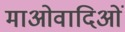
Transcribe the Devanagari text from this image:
माओवादिओं